Report of the Hyderabad Chloroform Commission
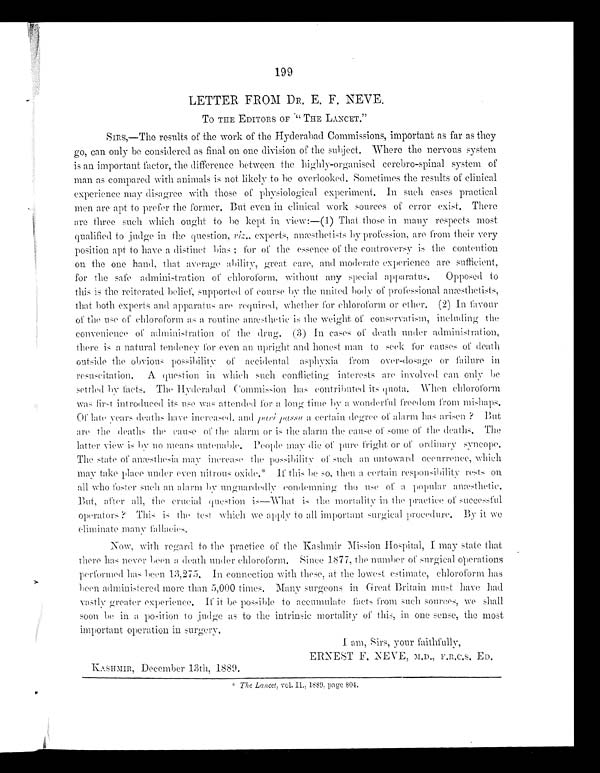
199
LETTER FROM DR, E. F. NEVE.
To THE EDITORS OF “ THE LANCET.”
SIRS,—The results of the work of the Hyderabad Commissions, important as far as they
go, can only be considered as final on one division of the subject. Where the nervous system
is an important factor, the difference between the highly-organised cerebro-spinal system of
man as compared with animals is not likely to be overlooked. Sometimes the results of clinical
experience may disagree with those of physiological experiment. In such cases practical
men are apt to prefer the former. But even in clinical work sources of error exist. There
are three such which ought to be kept in view :—(l) That those in many respects most
qualified to judge in the question,riz., experts, anæsthetists by profession, are from their very
position apt to have a. distinct bias ; for of the essence of the controversy is the contention
on the one hand, that average ability, great care, and moderate experience are sufficient,
for the safe administration of chloroform, without any special apparatus. Opposed to
this is the reiterated belief, supported of course by the united body of professional anæsthetists,
that both experts and apparatus are required, whether for chloroform or ether. (2) In favour
of the use of chloroform as a routine amesthetic is the weight of conservatism, including the
convenience of administration of the drug. (3) In cases of death under administration,
there is a natural tendency for even an upright and honest man to seek for causes of death
outside the obvious possibility of accidental asphyxia from over-dosage or failure in
resuscitation. A question in which such conflicting interests are involved can only be
settled by facts. The Hyderabad Commission has contributed its quota. When chloroform
was first introduced its use was attended for a long time by a wonderful freedom from mishaps.
Of late years deaths have increased. and pari passu a certain degree of alarm has arisen ? But
are the deaths the cause of the alarm or is the alarm the cause of some of the deaths. The
latter view is by no means untenable. People may die of pure frigh t or of ordinary syncope.
The state of' may increase the possibility of such an untoward occurrence, which
may take place under even nitrous oxide.* If this be so, then a certain responsilbility rests on
all who foster such an alarm by. unguardedly condemning the use of a popular anæsthetic.
But, after all, the crucial question is—What is the mortality in the practice of successful
operators? T h i s i s t h e t e s t w h i c h w e a p p l y t o a l l i m p o r t a n t s u r g i c a l p r o c e d u r e . B y i t w e
eliminate many fallaeies.
Now, with regard to the practice of the Kashmir Mission Hospital, I may state that
there has never been a death under chloroform. Since 1 8 7 7, the number of surgical operations
performed has been 13,275. In connection with these, at the lowest estimate, chloroform has
been administered more than 5,000 times. Many surgeons in Great Britain must have had
vastly greater experience. If it be possible to accumulate facts from such sources, we shall
soon be in a position to judge as to the intrinsic mortality of this, in one sense, the most
important operation in surgery.
I am, Sirs, your faithfully,
ERNEST F. NEVE,M.D.,F.R.C.S. ED.
KASHMIR, December 13th, 1889.
* T h e L a a c e t ,
v o l . I L . , 1 8 8 9 , p a g e 8 0 4 .